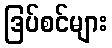
ဒြပ်စင်များ